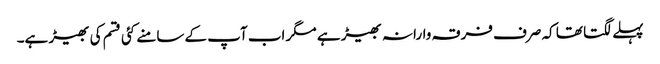
پہلے لگتا تھا کہ صرف فرقہ وارانہ بھیڑ ہے مگر اب آپ کے سامنے کئی قسم کی بھیڑ ہے۔